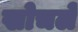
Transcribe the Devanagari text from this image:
खोचले